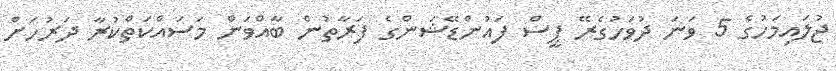
ޖުލައިމަހުގެ 5 ވަނަ ދުވަހުގެރޭ ޕީސް ފައުންޑޭޝަންގެ ފަރާތުން ބާއްވަން މަސައްކަތްކުރާ ދަރުހަށް